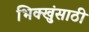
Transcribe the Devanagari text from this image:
भिक्खुंसाठी